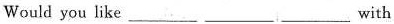
would you like___the ___ ___ with